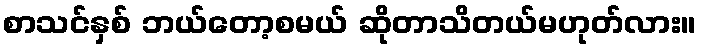
စာသင်နှစ် ဘယ်တော့စမယ် ဆိုတာသိတယ်မဟုတ်လား။